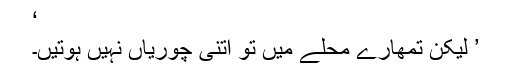
‘
’ لیکن تمھارے محلے میں تو اتنی چوریاں نہیں ہوتیں۔